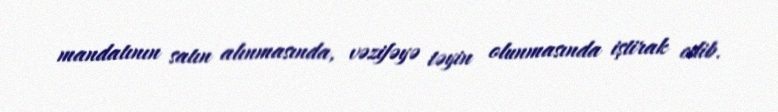
mandatının satın alınmasında, vəzifəyə təyin olunmasında iştirak edib.